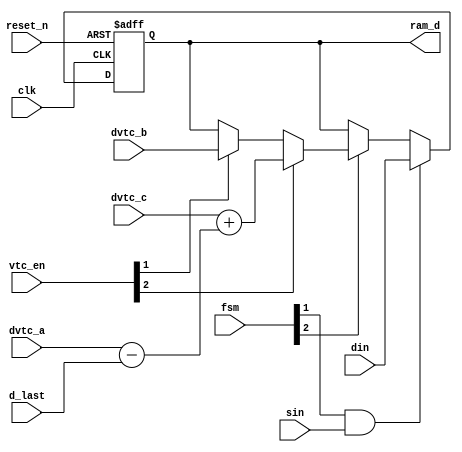
module data_cell1(
    clk,
    reset_n,
    fsm,
    sin,
    din,
    vtc_en,
    dvtc_a,
    dvtc_b,
    dvtc_c,
    d_last,

    ram_d
);

parameter D_WID = 8;

input                 clk        ;
input                 reset_n    ;
input   [D_WID-1:0]   din        ; // LLR input
input                 sin        ;
input   [3:0]         fsm        ;
input   [2:0]         vtc_en     ;
input   [D_WID-1:0]   dvtc_a     ;
input   [D_WID-1:0]   dvtc_b     ;
input   [D_WID-1:0]   dvtc_c     ;
input   [D_WID-1:0]   d_last     ;

output  [D_WID-1:0]   ram_d      ;
reg     [D_WID-1:0]   ram_d      ;

wire    [D_WID-1:0]   temp1      ;
//wire    [D_WID-1:0]   temp2      ;
wire    [D_WID-1:0]   temp3      ;

assign temp1 = dvtc_a - d_last ;
//assign temp2 = dvtc_b - d_last ;
assign temp3 = dvtc_c + temp1 ; 

always @ (posedge clk or negedge reset_n)
begin : ram_d_r
    if(!reset_n)
        ram_d <= #1 {D_WID{1'b0}};
    else if(fsm[1] & sin) 
        ram_d <= #1 din;
    else if(fsm[2]) begin
//        if(vtc_en[0])
//        ram_d <= #1 dvtc_a;
        if(vtc_en[1])
        ram_d <= #1 dvtc_b;
        if(vtc_en[2]) 
        ram_d <= #1 temp3; 
        end
end    

endmodule